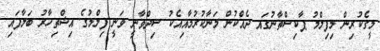
މީގެކުރިން މިފިލްމު ޕާކިސްތާނުގައ ދެއްކުން މަނާކުރުމާއިއެކު ސިދްވާނީ ވަނީ ފިލްމުގެ އިޝްތިހާރު ބަލާފައި